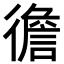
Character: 𢕻